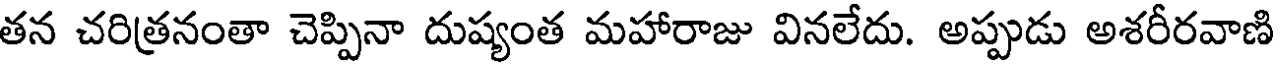
తన చరిత్రనంతా చెప్పినా దుష్యంత మహారాజు వినలేదు. అప్పుడు అశరీరవాణి